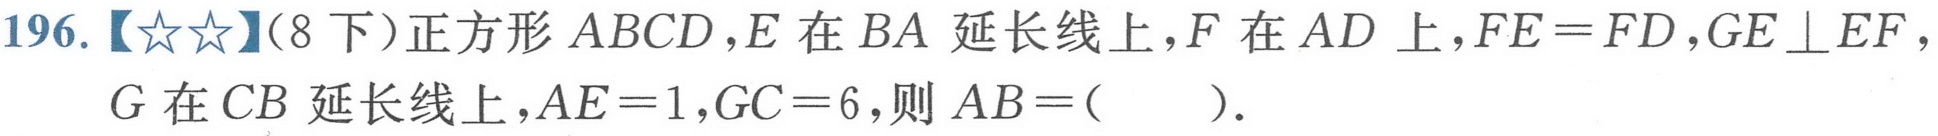
196.【★★】(8 下)正方形 \(ABCD\)，\(E\)在 \(BA\)延长线上，\(F\)在 \(AD\)上，\(FE = FD\)，\(GE\perp EF\)，\(G\)在 \(CB\)延长线上，\(AE = 1\)，\(GC = 6\)，则 \(AB=(\ \ \ \ \ )\).